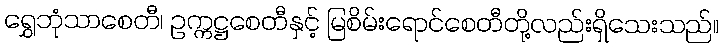
ရွှေဘုံသာစေတီ၊ ဥက္ကဋ္ဌစေတီနှင့် မြစိမ်းရောင်စေတီတို့လည်းရှိသေးသည်။